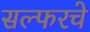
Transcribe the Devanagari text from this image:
सल्फरचे